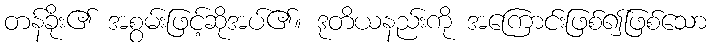
တန်ခိုး၏ အစွမ်းဖြင့်ဆိုအပ်၏။ ဒုတိယနည်းကို အကြောင်းဖြစ်၍ဖြစ်သော